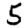
Digit: 5